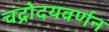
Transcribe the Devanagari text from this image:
चंद्रोदयवर्णन